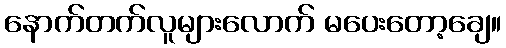
နောက်တက်လူများလောက် မပေးတော့ချေ။